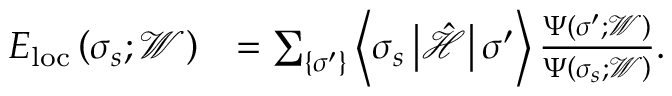
\begin{array} { r l } { E _ { \mathrm { l o c } } \left( \boldsymbol { \sigma } _ { s } ; \mathcal { W } \right) } & { = \sum _ { \left\{ \boldsymbol { \sigma } ^ { \prime } \right\} } \left\langle \boldsymbol { \sigma } _ { s } \left| \hat { \mathcal { H } } \right| \boldsymbol { \sigma } ^ { \prime } \right\rangle \frac { \Psi \left( \boldsymbol { \sigma } ^ { \prime } ; \mathcal { W } \right) } { \Psi \left( \boldsymbol { \sigma } _ { s } ; \mathcal { W } \right) } . } \end{array}